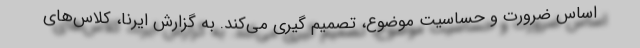
اساس ضرورت و حساسیت موضوع، تصمیم گیری می‌کند. به گزارش ایرنا، کلاس‌های